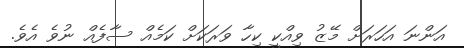
އަންނަ އަހަރަށް މޭޒު ވިއްކީ ކިހާ ވަރަކަށް ކަމެއް ސާފެއް ނުވެ އެވެ.